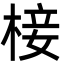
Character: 椄